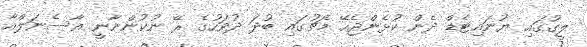
ލީގުގައި ޔުނައިޓެޑް ދެން ކުޅެންޖެހޭ މެޗުގައި ބުދަ ދުވަހުގެ ރޭ ނުކުންނާނީ އާސެނަލްއާ